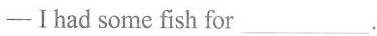
-I had some fish for ___.